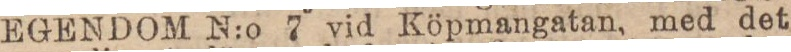
EGENDOM N:o 7 vid Köpmangatan, med det